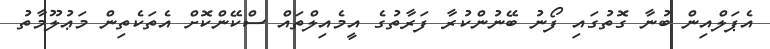
އެޕަލްއިން ބުނާ ގޮތުގައި ފޯނު ބޭނުންކުރާ ފަރާތުގެ އީމެއިލްތައް ސްކޭންކޮށް އެތަކެތިން މަޢުލޫމާތު